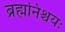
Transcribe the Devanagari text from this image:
ब्रह्मनिश्चयः